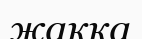
жаққа